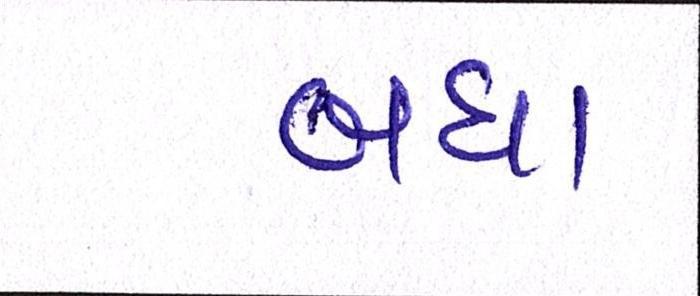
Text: બધા